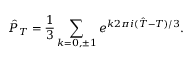
\hat { P } _ { \cal T } = \frac { 1 } { 3 } \sum _ { k = 0 , \pm 1 } e ^ { k 2 \pi i ( \hat { \cal T } - { \cal T } ) / 3 } .